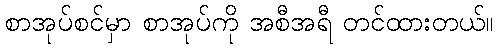
စာအုပ်စင်မှာ စာအုပ်ကို အစီအရီ တင်ထားတယ်။